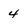
Character: 4